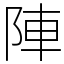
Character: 陣